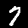
Digit: 7